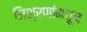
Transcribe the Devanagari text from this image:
मिश्रणांमधून